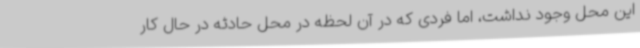
این محل وجود نداشت، اما فردی که در آن لحظه در محل حادثه در حال کار